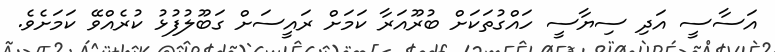
އަސާސީ އަދި ސިޔާސީ ހައްގުތަކަށް ބުރޫއަރާ ކަމަށް ރައީސަށް ގަބޫލުފުޅު ކުރެއްވޭ ކަމަށެވެ.